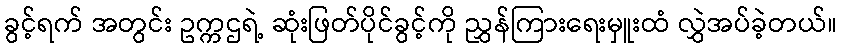
ခွင့်ရက် အတွင်း ဥက္ကဌရဲ့ ဆုံးဖြတ်ပိုင်ခွင့်ကို ညွှန်ကြားရေးမှူးထံ လွှဲအပ်ခဲ့တယ်။